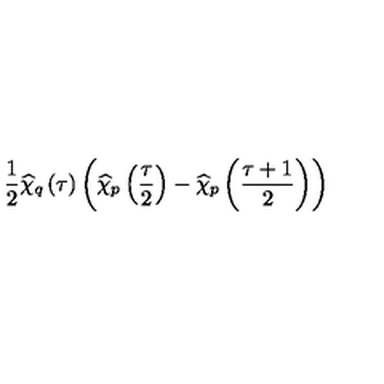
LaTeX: \frac { 1 } { 2 } \widehat { \chi } _ { q } \left( \tau \right) \left( \widehat { \chi } _ { p } \left( \frac { \tau } { 2 } \right) - \widehat { \chi } _ { p } \left( \frac { \tau + 1 } { 2 } \right) \right)